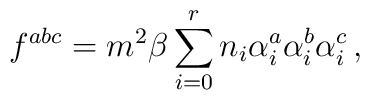
f^{abc}=m^{2}\beta\sum_{i=0}^{r}n_{i}\alpha_{i}^{a}\alpha_{i}^{b}\alpha_{i}^{c}\,,